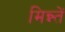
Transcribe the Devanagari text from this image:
मिन्न्तें